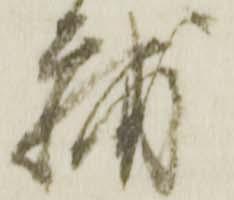
輔